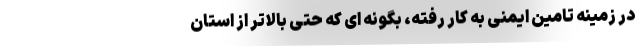
در زمینه تامین ایمنی به کار رفته، بگونه ای که حتی بالاتر از استان